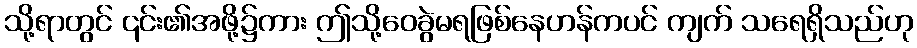
သို့ရာတွင် ၎င်း၏အဖို့၌ကား ဤသို့ဝေခွဲမရဖြစ်နေဟန်ကပင် ကျက် သရေရှိသည်ဟု